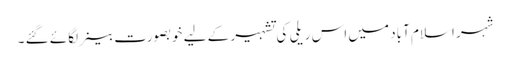
شہر اسلام آباد میں اس ریلی کی تشہیر کے لیے خوبصورت بینر لگائے گئے ۔